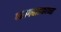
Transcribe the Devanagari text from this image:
परागवाहकाच्या